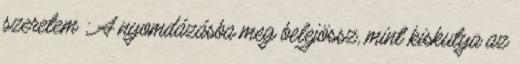
szeretem : A nyomdázásba meg belejössz, mint kiskutya az